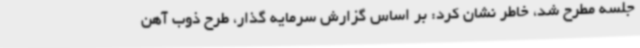
جلسه مطرح شد، خاطر نشان کرد: بر اساس گزارش سرمایه گذار، طرح ذوب آهن